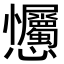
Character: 𢦇